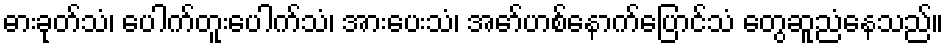
ဓားခုတ်သံ၊ ပေါက်တူးပေါက်သံ၊ အားပေးသံ၊ အော်ဟစ်နောက်ပြောင်သံ တွေဆူညံနေသည်။